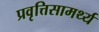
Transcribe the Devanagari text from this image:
प्रवृत्तिसामर्थ्य